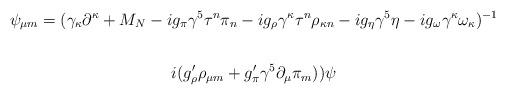
LaTeX: \begin{align*}\psi_{\mu m}=( \gamma_\kappa \partial^\kappa + M_{N}-i g_{\pi} \gamma^{5}\tau^n \pi_{ n}-i g_{\rho} \gamma^{\kappa}\tau^n \rho_{\kappa n}-i g_{\eta} \gamma^{5} \eta-i g_{\omega} \gamma^{\kappa}\omega_{\kappa})^{-1} \end{align*}\begin{align*} i(g_{\rho}'\rho_{\mu m}+ g_{\pi}' \gamma^5 \partial_\mu \pi_{m}))\psi\end{align*}